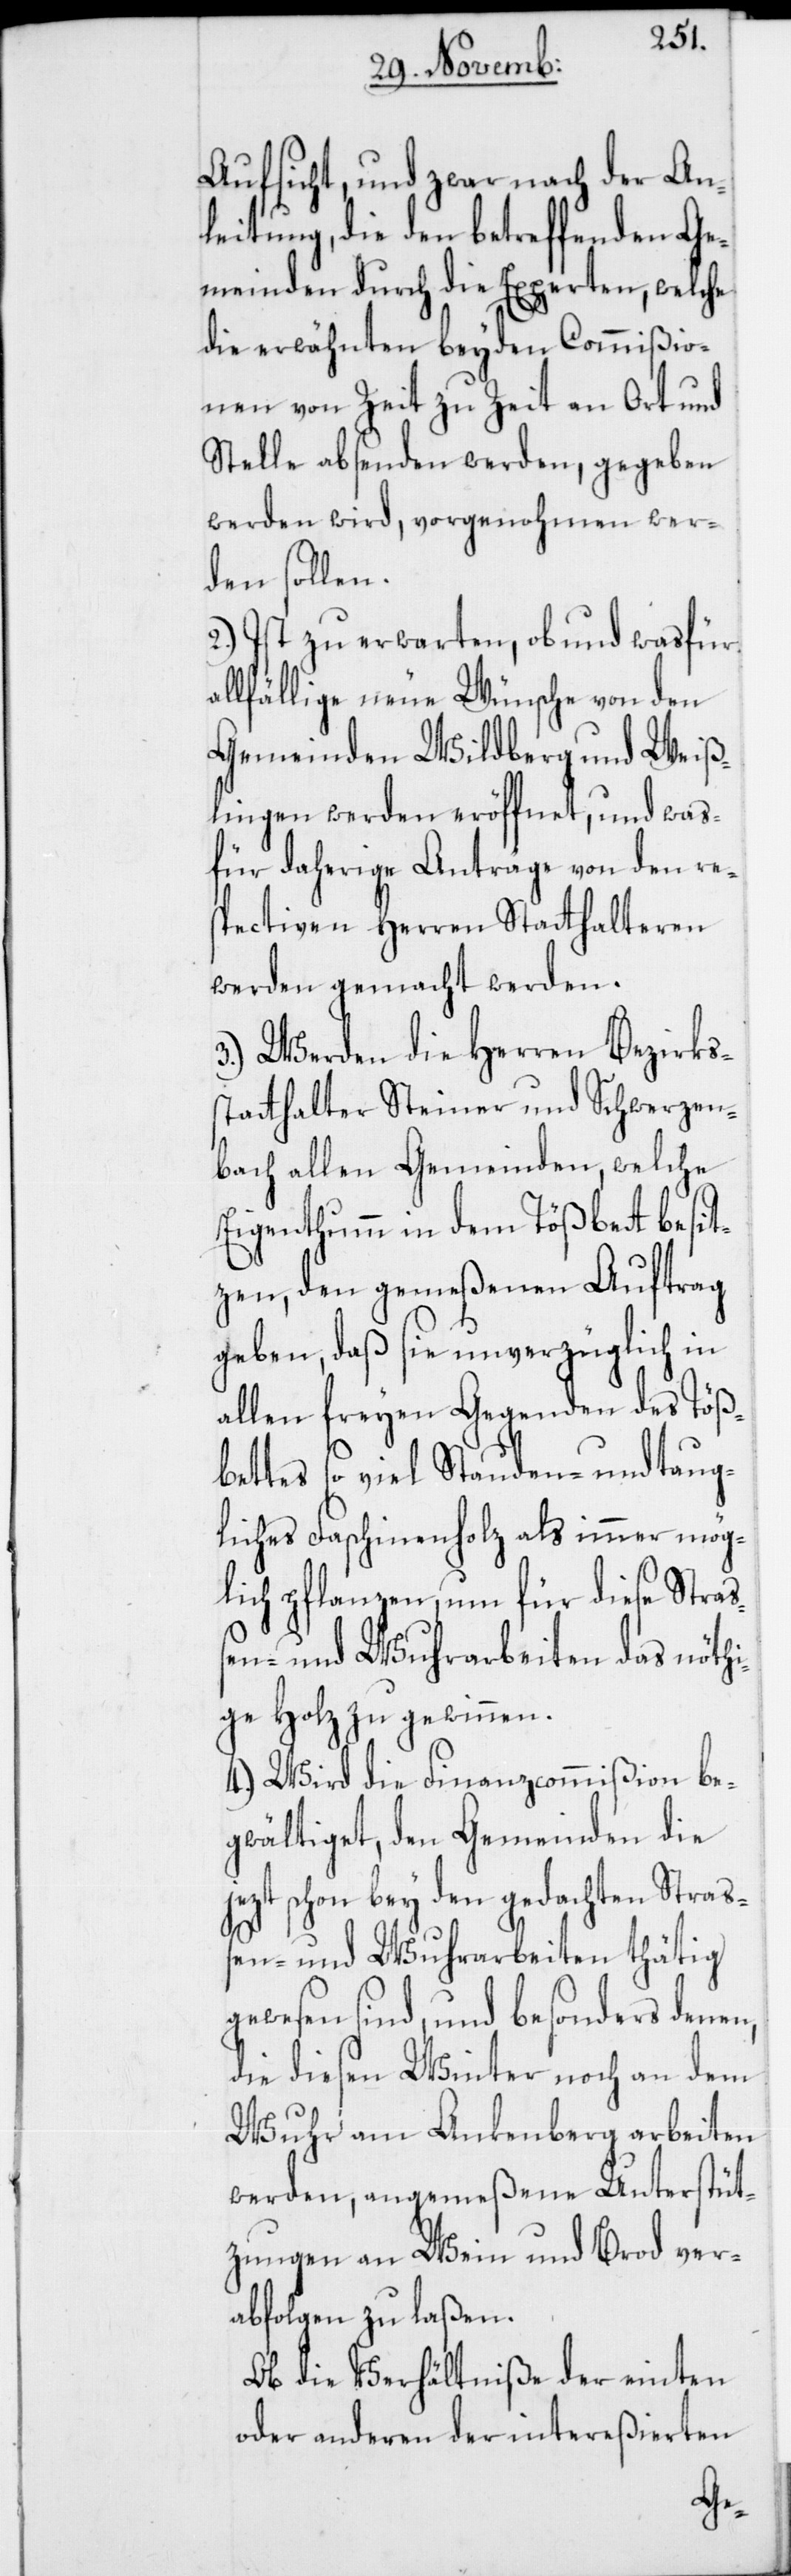
Aufsicht, und zwar nach der An¬
leitung, die den betreffenden Ge¬
meinden durch die Experten, welche
die erwähnten beyden Commißio¬
nen von Zeit zu Zeit an Ort und
Stelle absenden werden, gegeben
werden wird, vorgenohmen wer¬
den sollen.
2.) Ist zu erwarten, ob und wasfür
llfällige neue Wünsche von den
Gemeinden Wildberg und Weiß¬
lingen werden eröffnet, und was¬
für daherige Anträge von den res¬
pectiven Herren Statthalteren
werden gemacht werden.
3.) Werden die Herren Bezirks¬
statthalter Steiner und Schwerzen¬
bach allen Gemeinden, welche
Eigenthumm in dem Tößbett besit¬
zen, den gemeßenen Auftrag
geben, daß sie unverzüglich in
allen freyen Gegenden des Töß¬
bettes so viel Stauden- und taug¬
liches Faschinenholz als immer mög¬
lich pflanzen, um für diese Straß¬
en- und Wuhrarbeiten das nöthi¬
ge Holz zu gewinnen.
4.) Wird die Finanzcommißion be¬
gwältiget, den Gemeinden die
jezt schon bey den gedachten Straß¬
en- und Wuhrarbeiten thdätig
gewesen sind, und besonders denen,
die diesen Winter noch an dem
Wuhr am Ankenberg arbeiten
werden, angemeßene Unterstüt¬
zungen an Wein und Brod ver¬
abfolgen zu laßen.
Ob die Verhältniße der einten
oder anderen der intereßierten
a¬